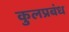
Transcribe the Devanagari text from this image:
कुलप्रबंध